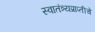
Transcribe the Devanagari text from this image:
स्वातंत्र्यप्राप्तीचे